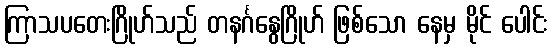
ကြာသပတေးဂြိုဟ်သည် တနင်္ဂနွေဂြိုဟ် ဖြစ်သော နေမှ မိုင် ပေါင်း